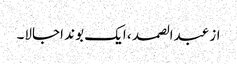
از عبدالصمد ، ایک بوند اجالا۔